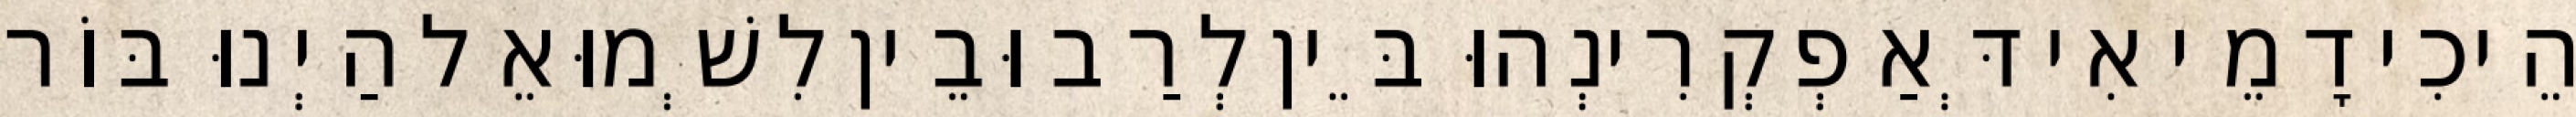
הֵיכִי דָמֵי אִי דְּאַפְקְרִינְהוּ בֵּין לְרַב וּבֵין לִשְׁמוּאֵל הַיְנוּ בּוֹר